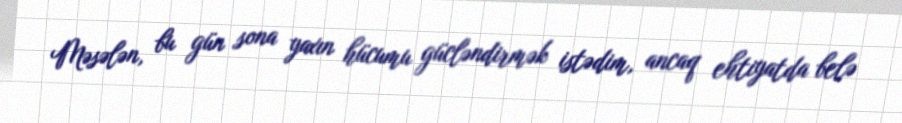
Məsələn, bu gün sona yaxın hücumu gücləndirmək istədim, ancaq ehtiyatda belə